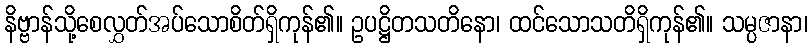
နိဗ္ဗာန်သို့စေလွှတ်အပ်သောစိတ်ရှိကုန်၏။ ဥပဋ္ဌိတသတိနော၊ ထင်သောသတိရှိကုန်၏။ သမ္ပဇာနာ၊